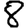
Digit: 8